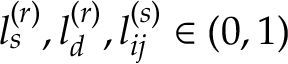
l _ { s } ^ { ( r ) } , l _ { d } ^ { ( r ) } , l _ { i j } ^ { ( s ) } \in ( 0 , 1 )